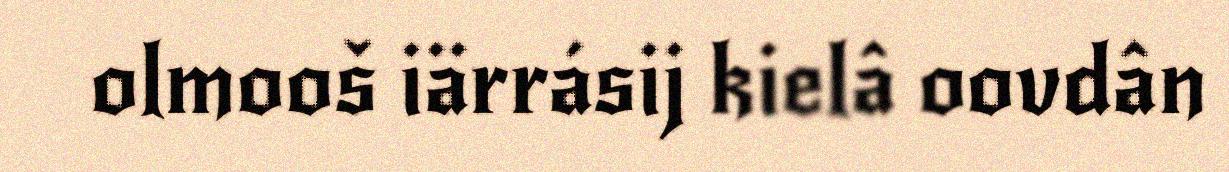
olmooš iärrásij kielâ oovdân